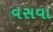
વસવા